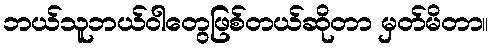
ဘယ်သူဘယ်ဝါတွေဖြစ်တယ်ဆိုတာ မှတ်မိတာ။